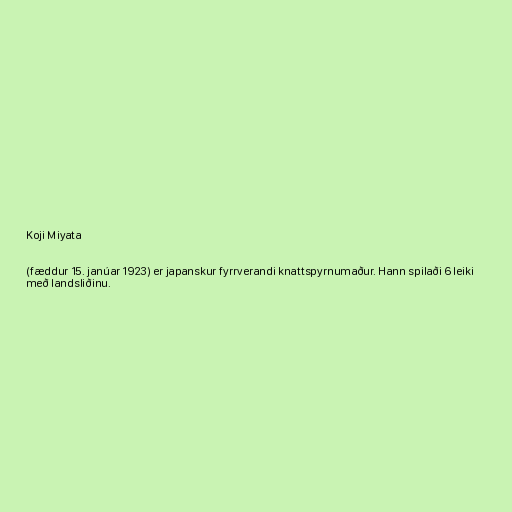
Koji Miyata

(fæddur 15. janúar 1923) er japanskur fyrrverandi knattspyrnumaður. Hann spilaði 6 leiki
með landsliðinu.